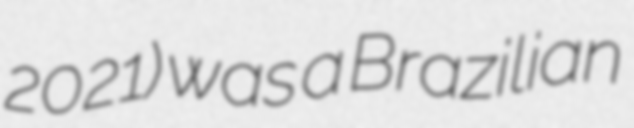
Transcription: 2021) was a Brazilian